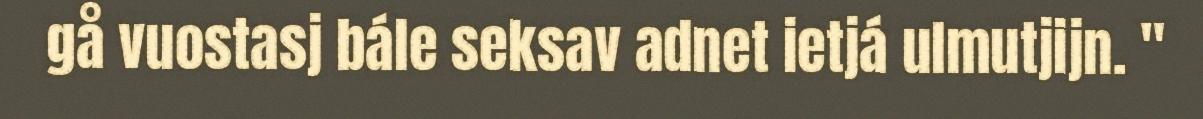
gå vuostasj bále seksav adnet ietjá ulmutjijn. "